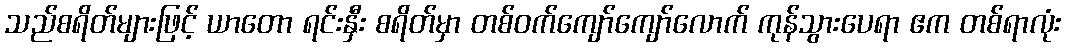
သည်စရိတ်များဖြင့် ယာတော ရင်းနှီး စရိတ်မှာ တစ်ဝက်ကျော်ကျော်လောက် ကုန်သွားပေရာ ဧက တစ်ရာလုံး